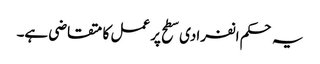
یہ حکم انفرادی سطح پر عمل کا متقاضی ہے۔